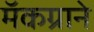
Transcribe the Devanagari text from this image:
मॅकग्राने